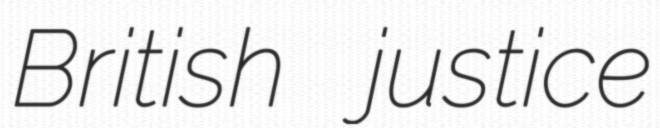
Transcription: British justice